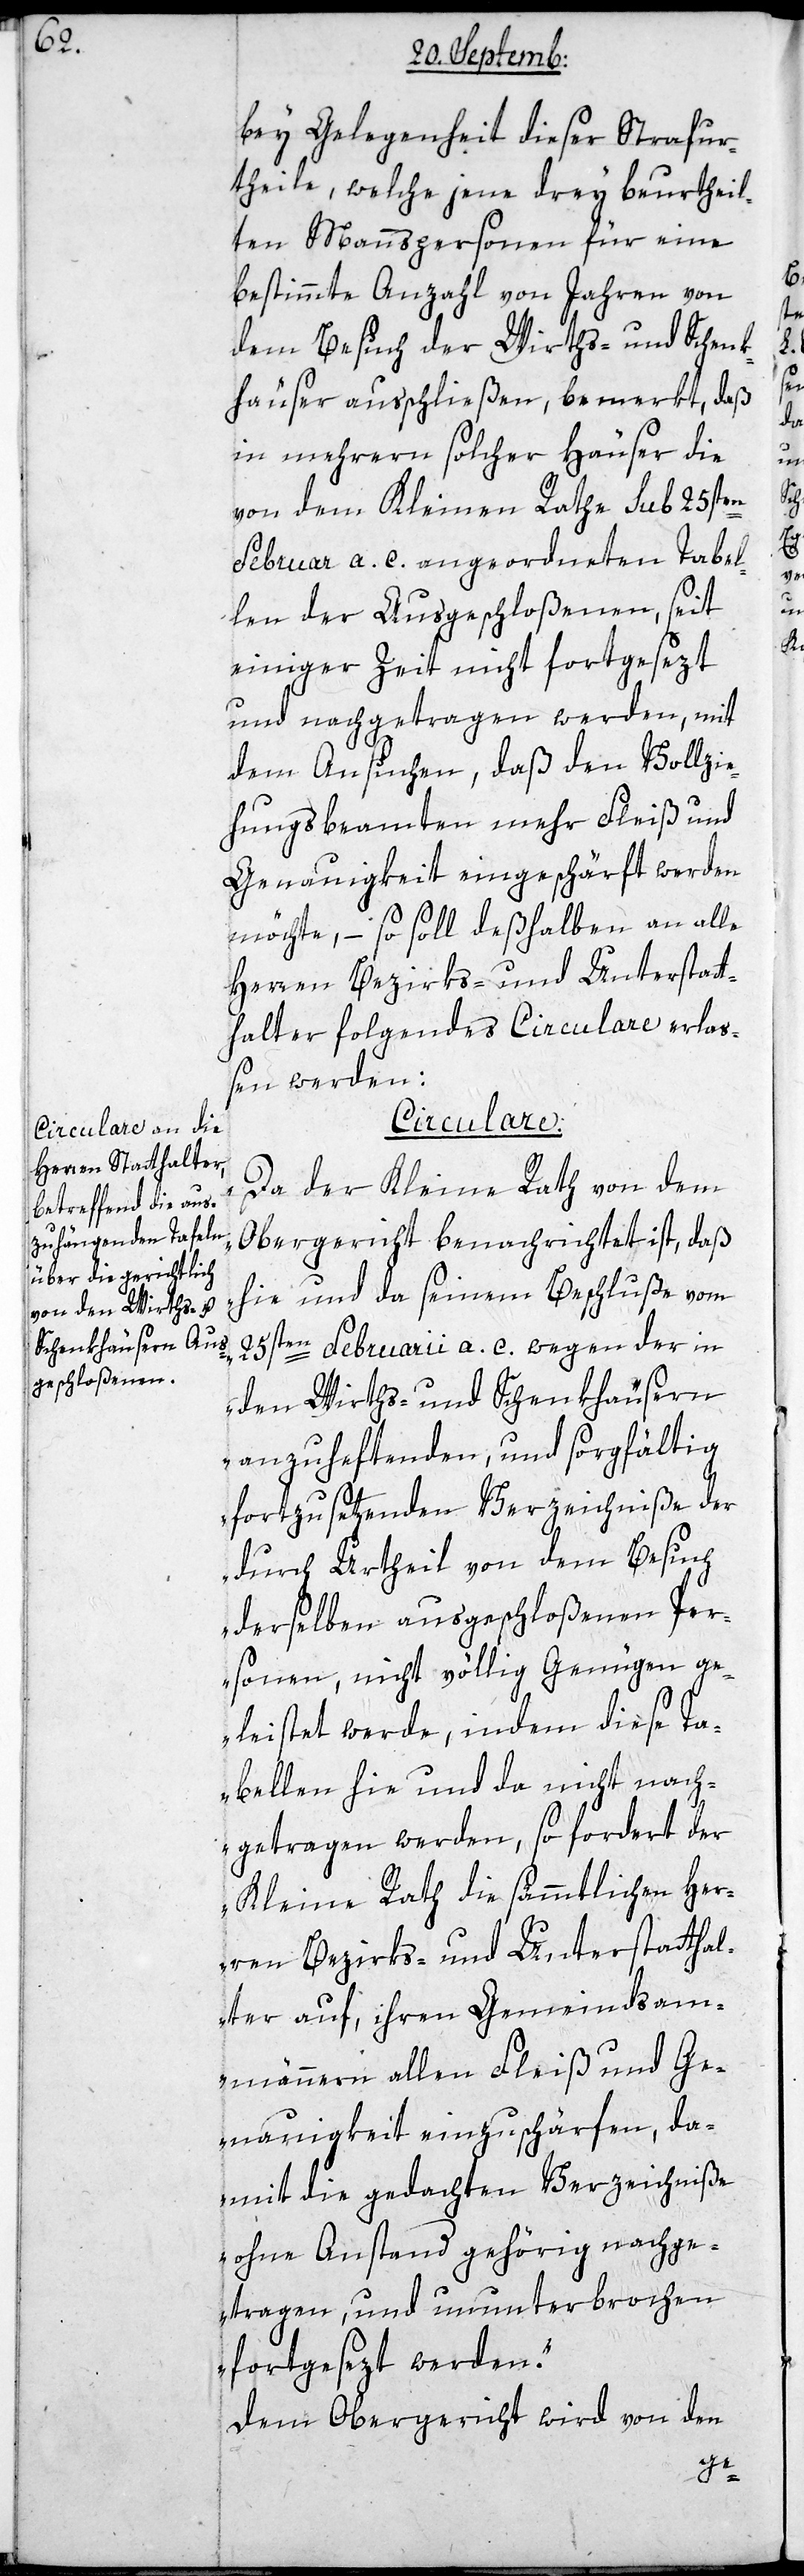
bey Gelegenheit dieser Strafur¬
theile, welche jene drey beurtheil¬
ten Mannspersonen für eine
bestimmte Anzahl von Jahren von
dem Besuch der Wirths- und Schenk¬
häuser außchließen, bemerkt, daß
in mehrern solcher Häuser die
von dem Kleinen Rathe sub 25sten
Februar a. c. angeordneten Tabel¬
len der Ausgeschloßenen, seit
einiger Zeit nicht fortgesezt
und nachgetragen werden, mit
dem Ansuchen, daß den Vollzie¬
hungsbeamten mehr Fleiß und
Genauigkeit eingeschärft werden
möchte, – so soll deßhalben an alle
Herren Bezirks- und Unterstatt¬
halter folgendes Circulare erla¬
ßen werden:
Circulare.
„Da der Kleine Rath von dem
Obergericht benachrichtet ist, daß
hie und da seinem Beschluße vom
25sten Februarii a. c. wegen der in
den Wirths- und Schenkhäusern
anzuheftenden und sorgfältig
fortzusetzenden Verzeichniße der
durch Urtheil von dem Besuch
derselben ausgeschloßenen Per¬
sonen, nicht völlig Genügen ge¬
leistet werde, indem diese Ta¬
bellen hie und da nicht nach¬
getragen werden, so fordert der
Kleine Rath die sämmtlichen Her¬
ren Bezirks- und Unterstatthal¬
ter auf, ihren Gemeindsam¬
männern allen Fleiß und Ge¬
nauigkeit einzuschärfen, da¬
mit die gedachten Verzeichniße
ohne Anstand gehörig nachge¬
tragen, und ununterbrochen
fortgesezt werden.“
Dem Obergericht wird von den